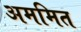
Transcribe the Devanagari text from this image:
अममित